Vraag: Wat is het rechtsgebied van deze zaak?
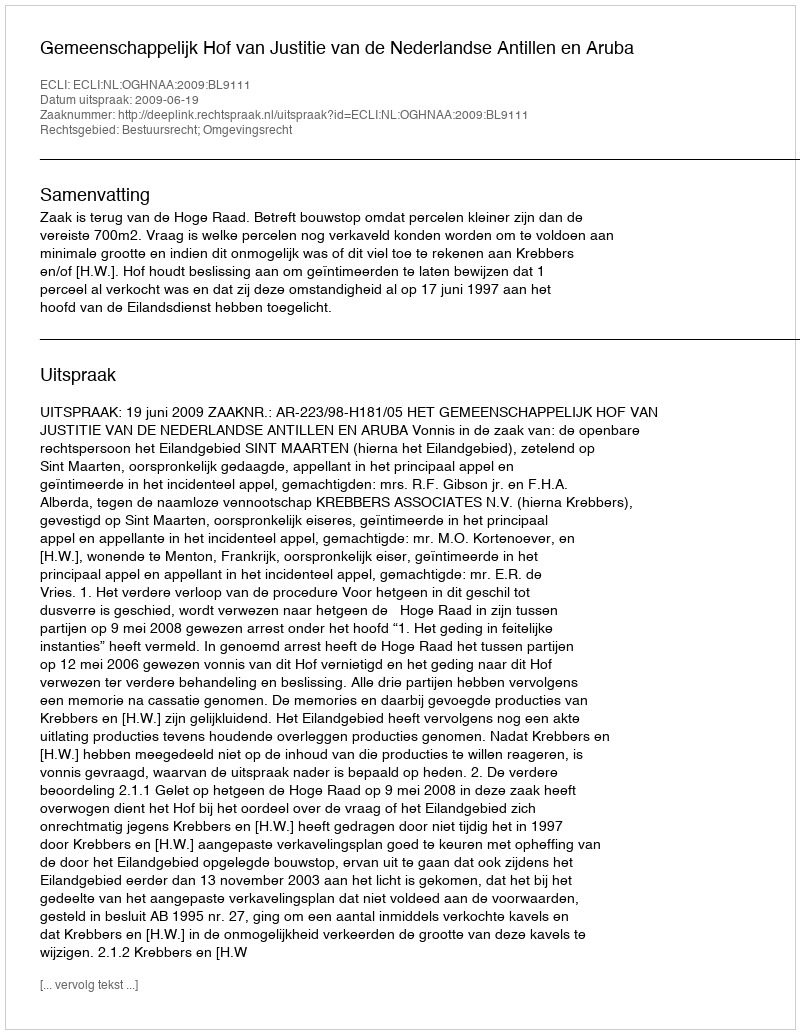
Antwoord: Bestuursrecht; Omgevingsrecht